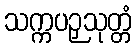
သက္ကပဉှသုတ္တံ